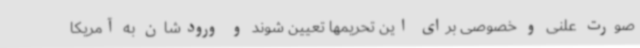
صورت علنی و خصوصی برای این تحریمها تعیین شوند و ورودشان به آمریکا